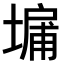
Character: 𪤔